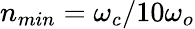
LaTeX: n_{min}=\omega_{c}/10\omega_{o}